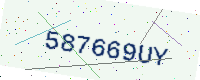
Text: 587669UY